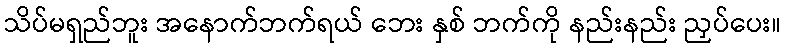
သိပ်မရှည်ဘူး အနောက်ဘက်ရယ် ဘေး နှစ် ဘက်ကို နည်းနည်း ညှပ်ပေး။